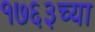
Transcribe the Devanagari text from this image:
१७६३च्या